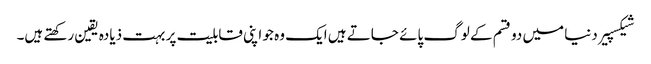
شیکسپیر دنیا میں دو قسم کے لوگ پائے جاتے ہیں ایک وہ جو اپنی قابلیت پر بہت ذیادہ یقین رکھتے ہیں۔